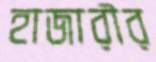
হাজারীর